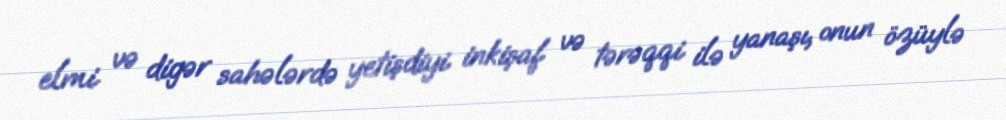
elmi və digər sahələrdə yetişdiyi inkişaf və tərəqqi ilə yanaşı, onun özüylə